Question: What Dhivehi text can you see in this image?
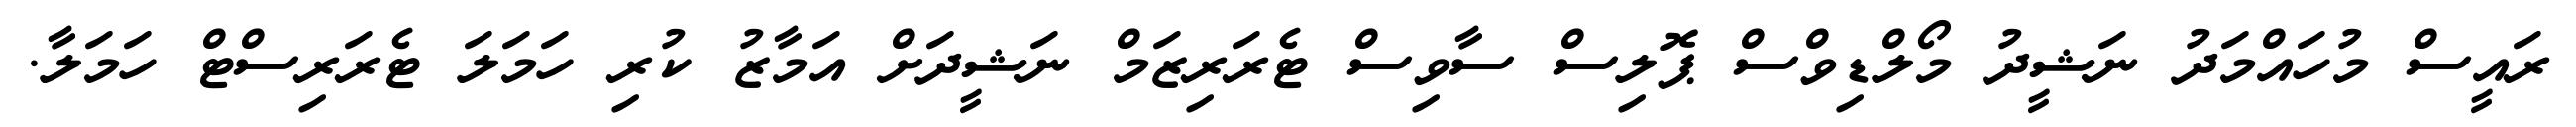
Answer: ރައީސް މުހައްމަދު ނަޝީދު މޯލްޑިވްސް ޕޮލިސް ސާވިސް ޓެރަރިޒަމް ނަޝީދަށް އަމާޒު ކުރި ހަމަލަ ޓެރަރިސްޓް ހަމަލާ.